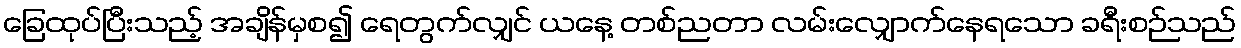
ခြေထုပ်ပြီးသည့် အချိန်မှစ၍ ရေတွက်လျှင် ယနေ့ တစ်ညတာ လမ်းလျှောက်နေရသော ခရီးစဉ်သည်